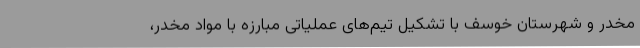
مخدر و شهرستان خوسف با تشکیل تیم‌های عملیاتی مبارزه با مواد مخدر،